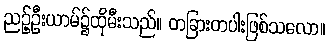
ညဉ့်ဦးယာမ်၌ထိုမီးသည်။ တခြားတပါးဖြစ်သလော။